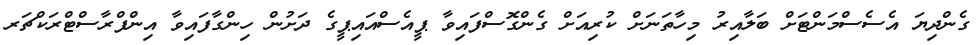
ގެންދިޔަ އެސެސްމަންޓަށް ބަލާއިރު މިހާތަނަށް ކުރިއަށް ގެންގޮސްފައިވާ ޕީއެސްއައިޕީގެ ދަށުން ހިންގާފައިވާ އިންފްރާސްޓްރަކްޗަރ